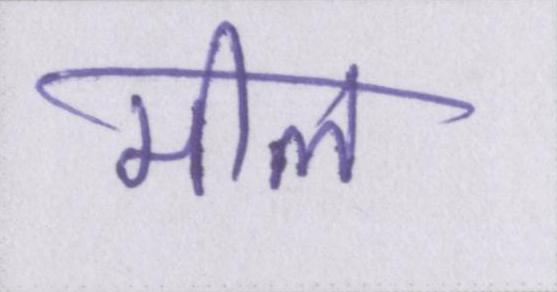
मील